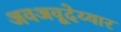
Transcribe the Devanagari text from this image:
अवअवूदेय्यार